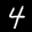
Label: 4